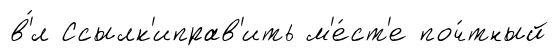
в'́л Ссылк'иправ'ить м'е́ст'е поч́тный